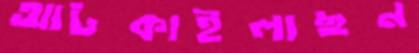
আটকাইলাছন